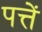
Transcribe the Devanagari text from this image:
पत्तें